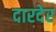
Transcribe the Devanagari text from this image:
दारदेर